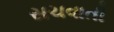
સચવાતી